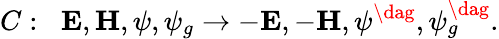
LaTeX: C:\; \; {\mathbf E},{\mathbf H},\psi,\psi_{g}\rightarrow-{\mathbf E},-{\mathbf H},\psi^{\dag},\psi_{g}^{\dag}.